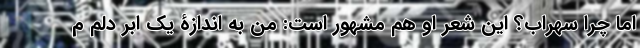
اما چرا سهراب؟ این شعر او هم مشهور است: من به اندازۀ یک ابر دلم م